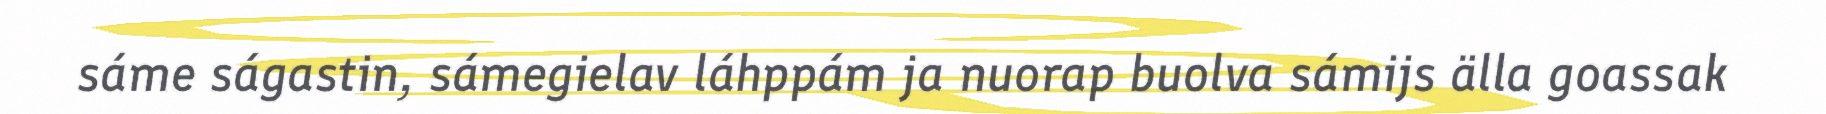
sáme ságastin, sámegielav láhppám ja nuorap buolva sámijs älla goassak